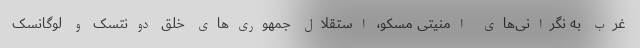
غرب به نگرانی‌های امنیتی مسکو، استقلال جمهوری‌های خلق دونتسک و لوگانسک